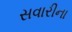
સવારીના